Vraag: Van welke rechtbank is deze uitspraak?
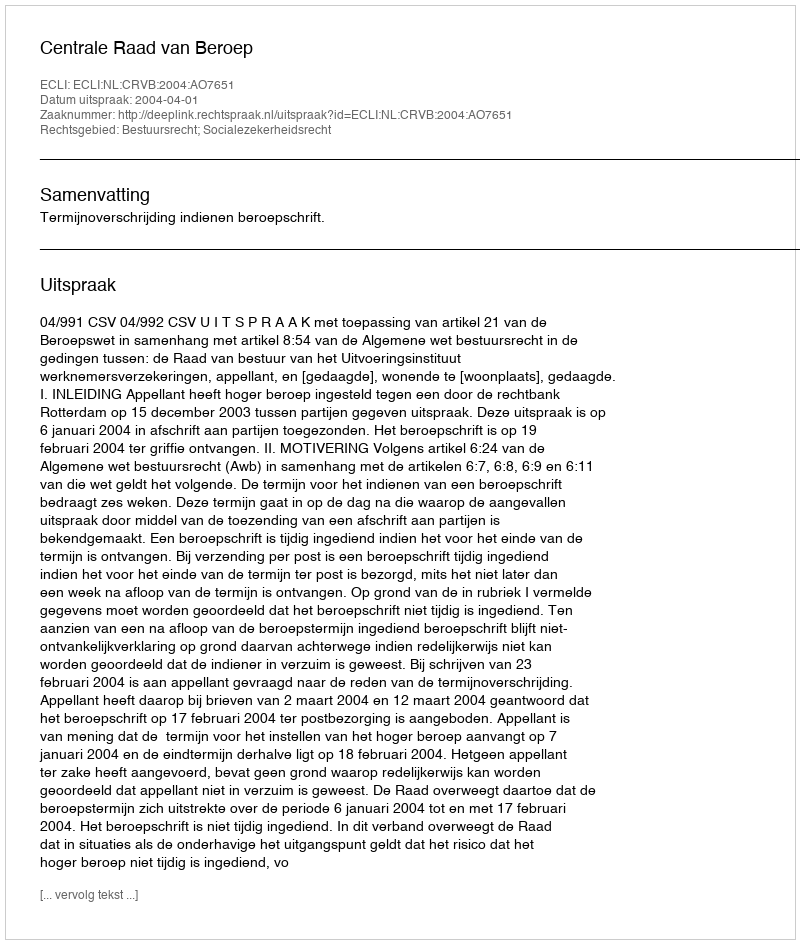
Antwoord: Centrale Raad van Beroep